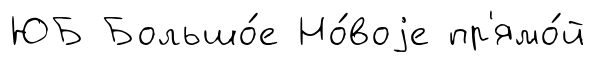
ЮБ Большо́е Но́воjе пр'ямо́й